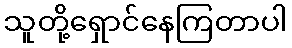
သူတို့ရှောင်နေကြတာပါ